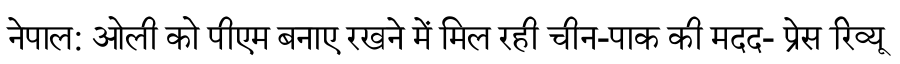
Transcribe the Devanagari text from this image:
नेपाल: ओली को पीएम बनाए रखने में मिल रही चीन-पाक की मदद- प्रेस रिव्यू